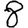
Digit: 8